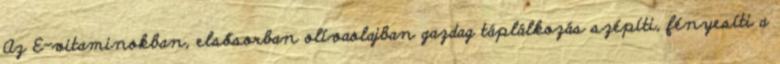
Az E-vitaminokban, elsősorban olívaolajban gazdag táplálkozás szépíti, fényesíti a